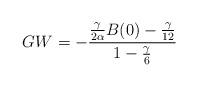
LaTeX: \begin{align*}GW=-\frac{\frac{\gamma}{2 \alpha} B(0)-{\gamma\over 12}}{1-{\gamma\over 6}}\end{align*}